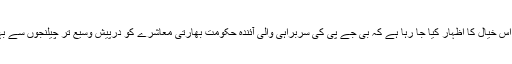
درپیش چیلنجوں کے حوالے سے، اس خیال کا اظہار کیا جا رہا ہے کہ بی جے پی کی سربراہی والی آئندہ حکومت بھارتی معاشرے کو درپیش وسیع تر چیلنجوں سے بہتر طور پر نبردآزما ہو سکتی ہے۔